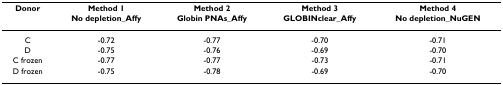
<table><thead><tr><td><b>Donor</b></td><td><b>Method 1No depletion_Affy</b></td><td><b>Method 2Globin PNAs_Affy</b></td><td><b>Method 3GLOBINclear_Affy</b></td><td><b>Method 4No depletion_NuGEN</b></td></tr></thead><tbody><tr><td>C</td><td>-0.72</td><td>-0.77</td><td>-0.70</td><td>-0.71</td></tr><tr><td>D</td><td>-0.75</td><td>-0.76</td><td>-0.69</td><td>-0.70</td></tr><tr><td>C frozen</td><td>-0.77</td><td>-0.77</td><td>-0.73</td><td>-0.71</td></tr><tr><td>D frozen</td><td>-0.75</td><td>-0.78</td><td>-0.69</td><td>-0.70</td></tr></tbody></table>